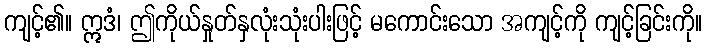
ကျင့်၏။ ဣဒံ၊ ဤကိုယ်နှုတ်နှလုံးသုံးပါးဖြင့် မကောင်းသော အကျင့်ကို ကျင့်ခြင်းကို။